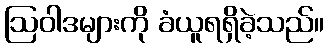
ဩဝါဒများကို ခံယူရရှိခဲ့သည်။